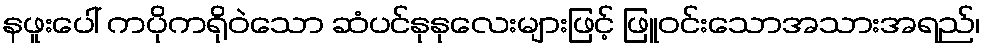
နဖူးပေါ် ကပိုကရိုဝဲသော ဆံပင်နုနုလေးများဖြင့် ဖြူဝင်းသောအသားအရည်၊